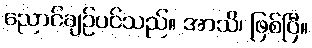
ညောင်ချဉ်ပင်သည်။ အာသိ၊ ဖြစ်ပြီ။